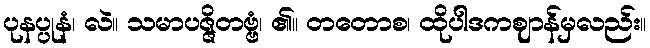
ပုနပ္ပုနံ၊ လဲ။ သမာပဇ္ဇိတဗ္ဗံ၊ ၏။ တတောစ၊ ထိုပါဒကဈာန်မှလည်း။